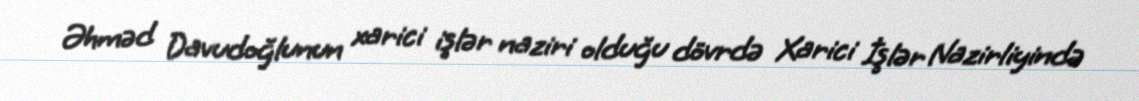
Əhməd Davudoğlunun xarici işlər naziri olduğu dövrdə Xarici İşlər Nazirliyində